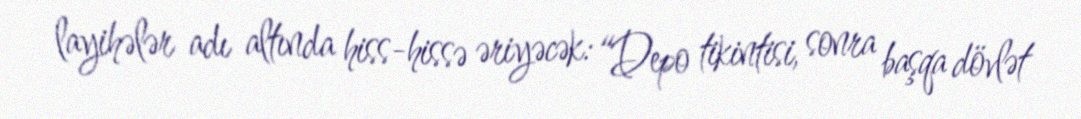
layihələr adı altında hiss-hissə əriyəcək: “Depo tikintisi, sonra başqa dövlət